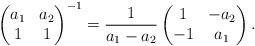
\begin{align*}\begin{pmatrix}a_1 & a_2 \\1 & 1 \end{pmatrix}^{-1}=\frac{1}{a_1-a_2}\begin{pmatrix}1 & -a_2 \\-1 & a_1 \end{pmatrix}.\end{align*}